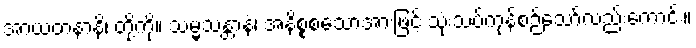
အာယတနာနိ၊ တို့ကို။ သမ္မသန္တာနံ၊ အနိစ္စစသောအားဖြင့် သုံးသပ်ကုန်စဉ်သော်လည်းကောင်း။